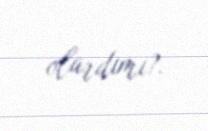
olardımı?.